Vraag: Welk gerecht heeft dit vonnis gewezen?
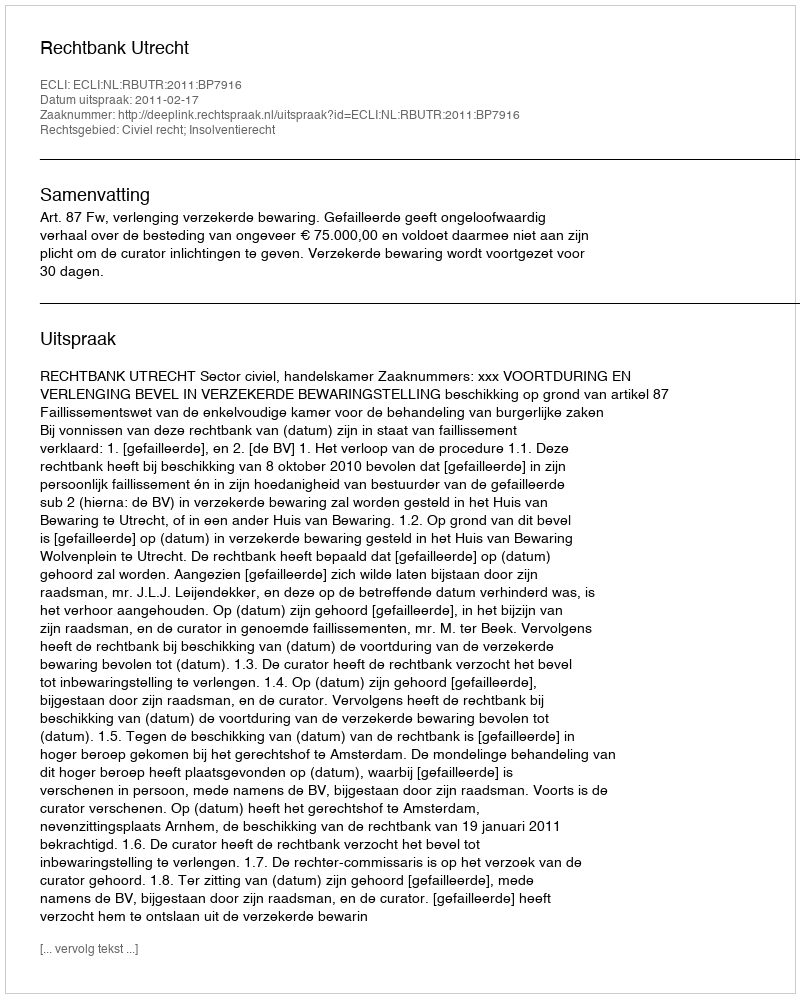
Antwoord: Rechtbank Utrecht